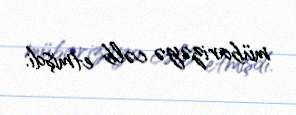
mübarizəyə cəlb etmişdi.